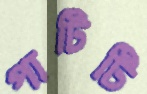
পাটিটি